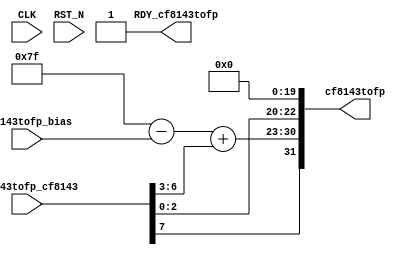
//
// Generated by Bluespec Compiler, version 2021.12.1 (build fd501401)
//
// On Sun Dec 10 11:15:49 IST 2023
//
//
// Ports:
// Name                         I/O  size props
// cf8143tofp                     O    32
// RDY_cf8143tofp                 O     1 const
// CLK                            I     1 unused
// RST_N                          I     1 unused
// cf8143tofp_cf8143              I     8
// cf8143tofp_bias                I     6
//
// Combinational paths from inputs to outputs:
//   (cf8143tofp_cf8143, cf8143tofp_bias) -> cf8143tofp
//
//

`ifdef BSV_ASSIGNMENT_DELAY
`else
  `define BSV_ASSIGNMENT_DELAY
`endif

`ifdef BSV_POSITIVE_RESET
  `define BSV_RESET_VALUE 1'b1
  `define BSV_RESET_EDGE posedge
`else
  `define BSV_RESET_VALUE 1'b0
  `define BSV_RESET_EDGE negedge
`endif

module mkCF8143toFP32(CLK,
		      RST_N,

		      cf8143tofp_cf8143,
		      cf8143tofp_bias,
		      cf8143tofp,
		      RDY_cf8143tofp);
  input  CLK;
  input  RST_N;

  // value method cf8143tofp
  input  [7 : 0] cf8143tofp_cf8143;
  input  [5 : 0] cf8143tofp_bias;
  output [31 : 0] cf8143tofp;
  output RDY_cf8143tofp;

  // signals for module outputs
  wire [31 : 0] cf8143tofp;
  wire RDY_cf8143tofp;

  // remaining internal signals
  wire [7 : 0] x__h65, y__h66, y__h67;

  // value method cf8143tofp
  assign cf8143tofp =
	     { cf8143tofp_cf8143[7],
	       x__h65 + y__h66,
	       cf8143tofp_cf8143[2:0],
	       20'b0 } ;
  assign RDY_cf8143tofp = 1'd1 ;

  // remaining internal signals
  assign x__h65 = 8'b01111111 - y__h67 ;
  assign y__h66 = { 4'b0, cf8143tofp_cf8143[6:3] } ;
  assign y__h67 = { 2'b0, cf8143tofp_bias } ;
endmodule  // mkCF8143toFP32